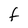
Character: f